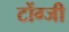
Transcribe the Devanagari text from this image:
टोंग्जी